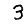
Digit: 3